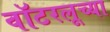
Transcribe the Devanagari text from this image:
वॉटरलूच्या